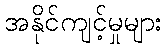
အနိုင်ကျင့်မှုများ